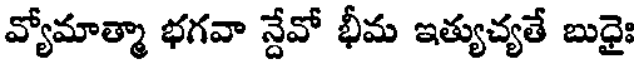
వ్యోమాత్మా భగవా న్దేవో భీమ ఇత్యుచ్యతే బుధైః